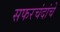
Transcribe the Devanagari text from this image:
सफरचंदांचे